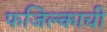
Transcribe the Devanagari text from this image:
फजिल्काची